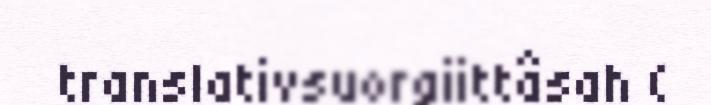
translativsuorgiittâsah (